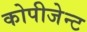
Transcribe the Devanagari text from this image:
कोपीजेन्ट